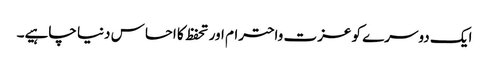
ایک دوسرے کو عزت واحترام اور تحفظ کا احساس دنیا چاہیے۔